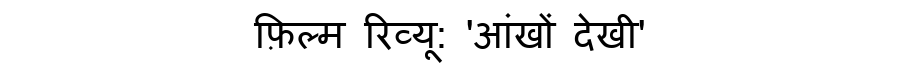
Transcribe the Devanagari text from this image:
फ़िल्म रिव्यू: 'आंखों देखी'